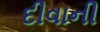
દીવાની